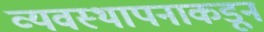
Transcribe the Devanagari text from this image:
व्यवस्थापनाकडून